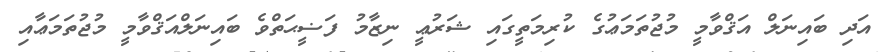
އަދި ބައިނަލް އަޤްވާމީ މުޖުތަަމަޢުގެ ކުރިމަތީގައި ޝަރުޢީ ނިޒާމު ފަޟީޙަތްވެ ބައިނަލްއަޤްވާމީ މުޖުތަމަޢާއި